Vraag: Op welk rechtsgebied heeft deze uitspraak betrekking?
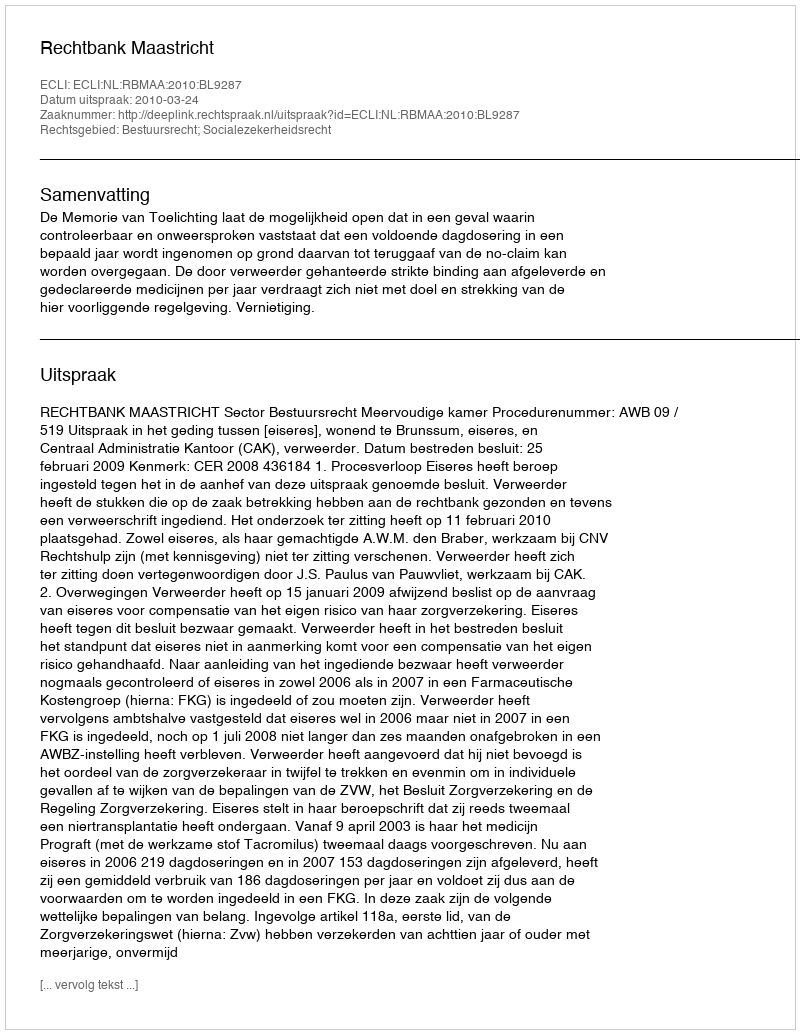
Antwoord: Bestuursrecht; Socialezekerheidsrecht